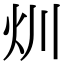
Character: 𤆑